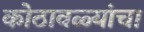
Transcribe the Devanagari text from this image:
कोठावळ्यांचा